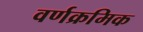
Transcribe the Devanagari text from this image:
वर्णक्रमिक